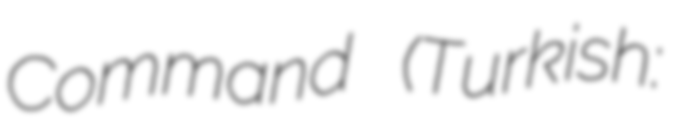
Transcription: Command (Turkish: